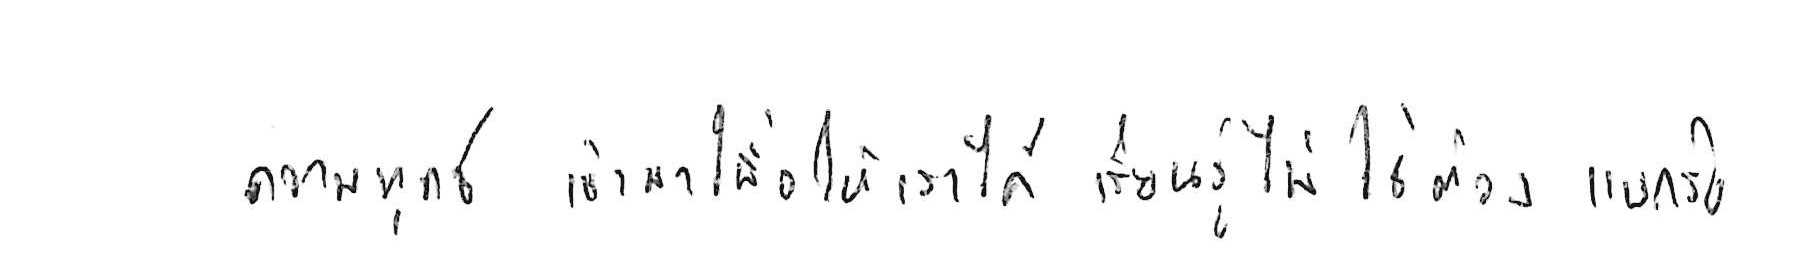
ความทุกข์ เข้ามาเพื่อให้เราได้ เรียนรู้ ไม่ใช่ต้อง แบกรับ